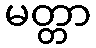
မတ္တာ